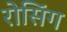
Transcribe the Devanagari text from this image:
रोसिंग